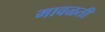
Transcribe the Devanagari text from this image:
मावळती